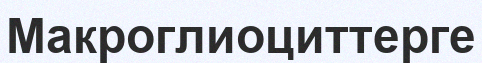
Макроглиоциттерге